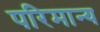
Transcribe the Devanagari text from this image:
परिमान्य